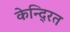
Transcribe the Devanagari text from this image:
केन्दि्रत